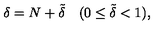
\delta = N + \tilde { \delta } \quad ( 0 \le \tilde { \delta } < 1 ) ,